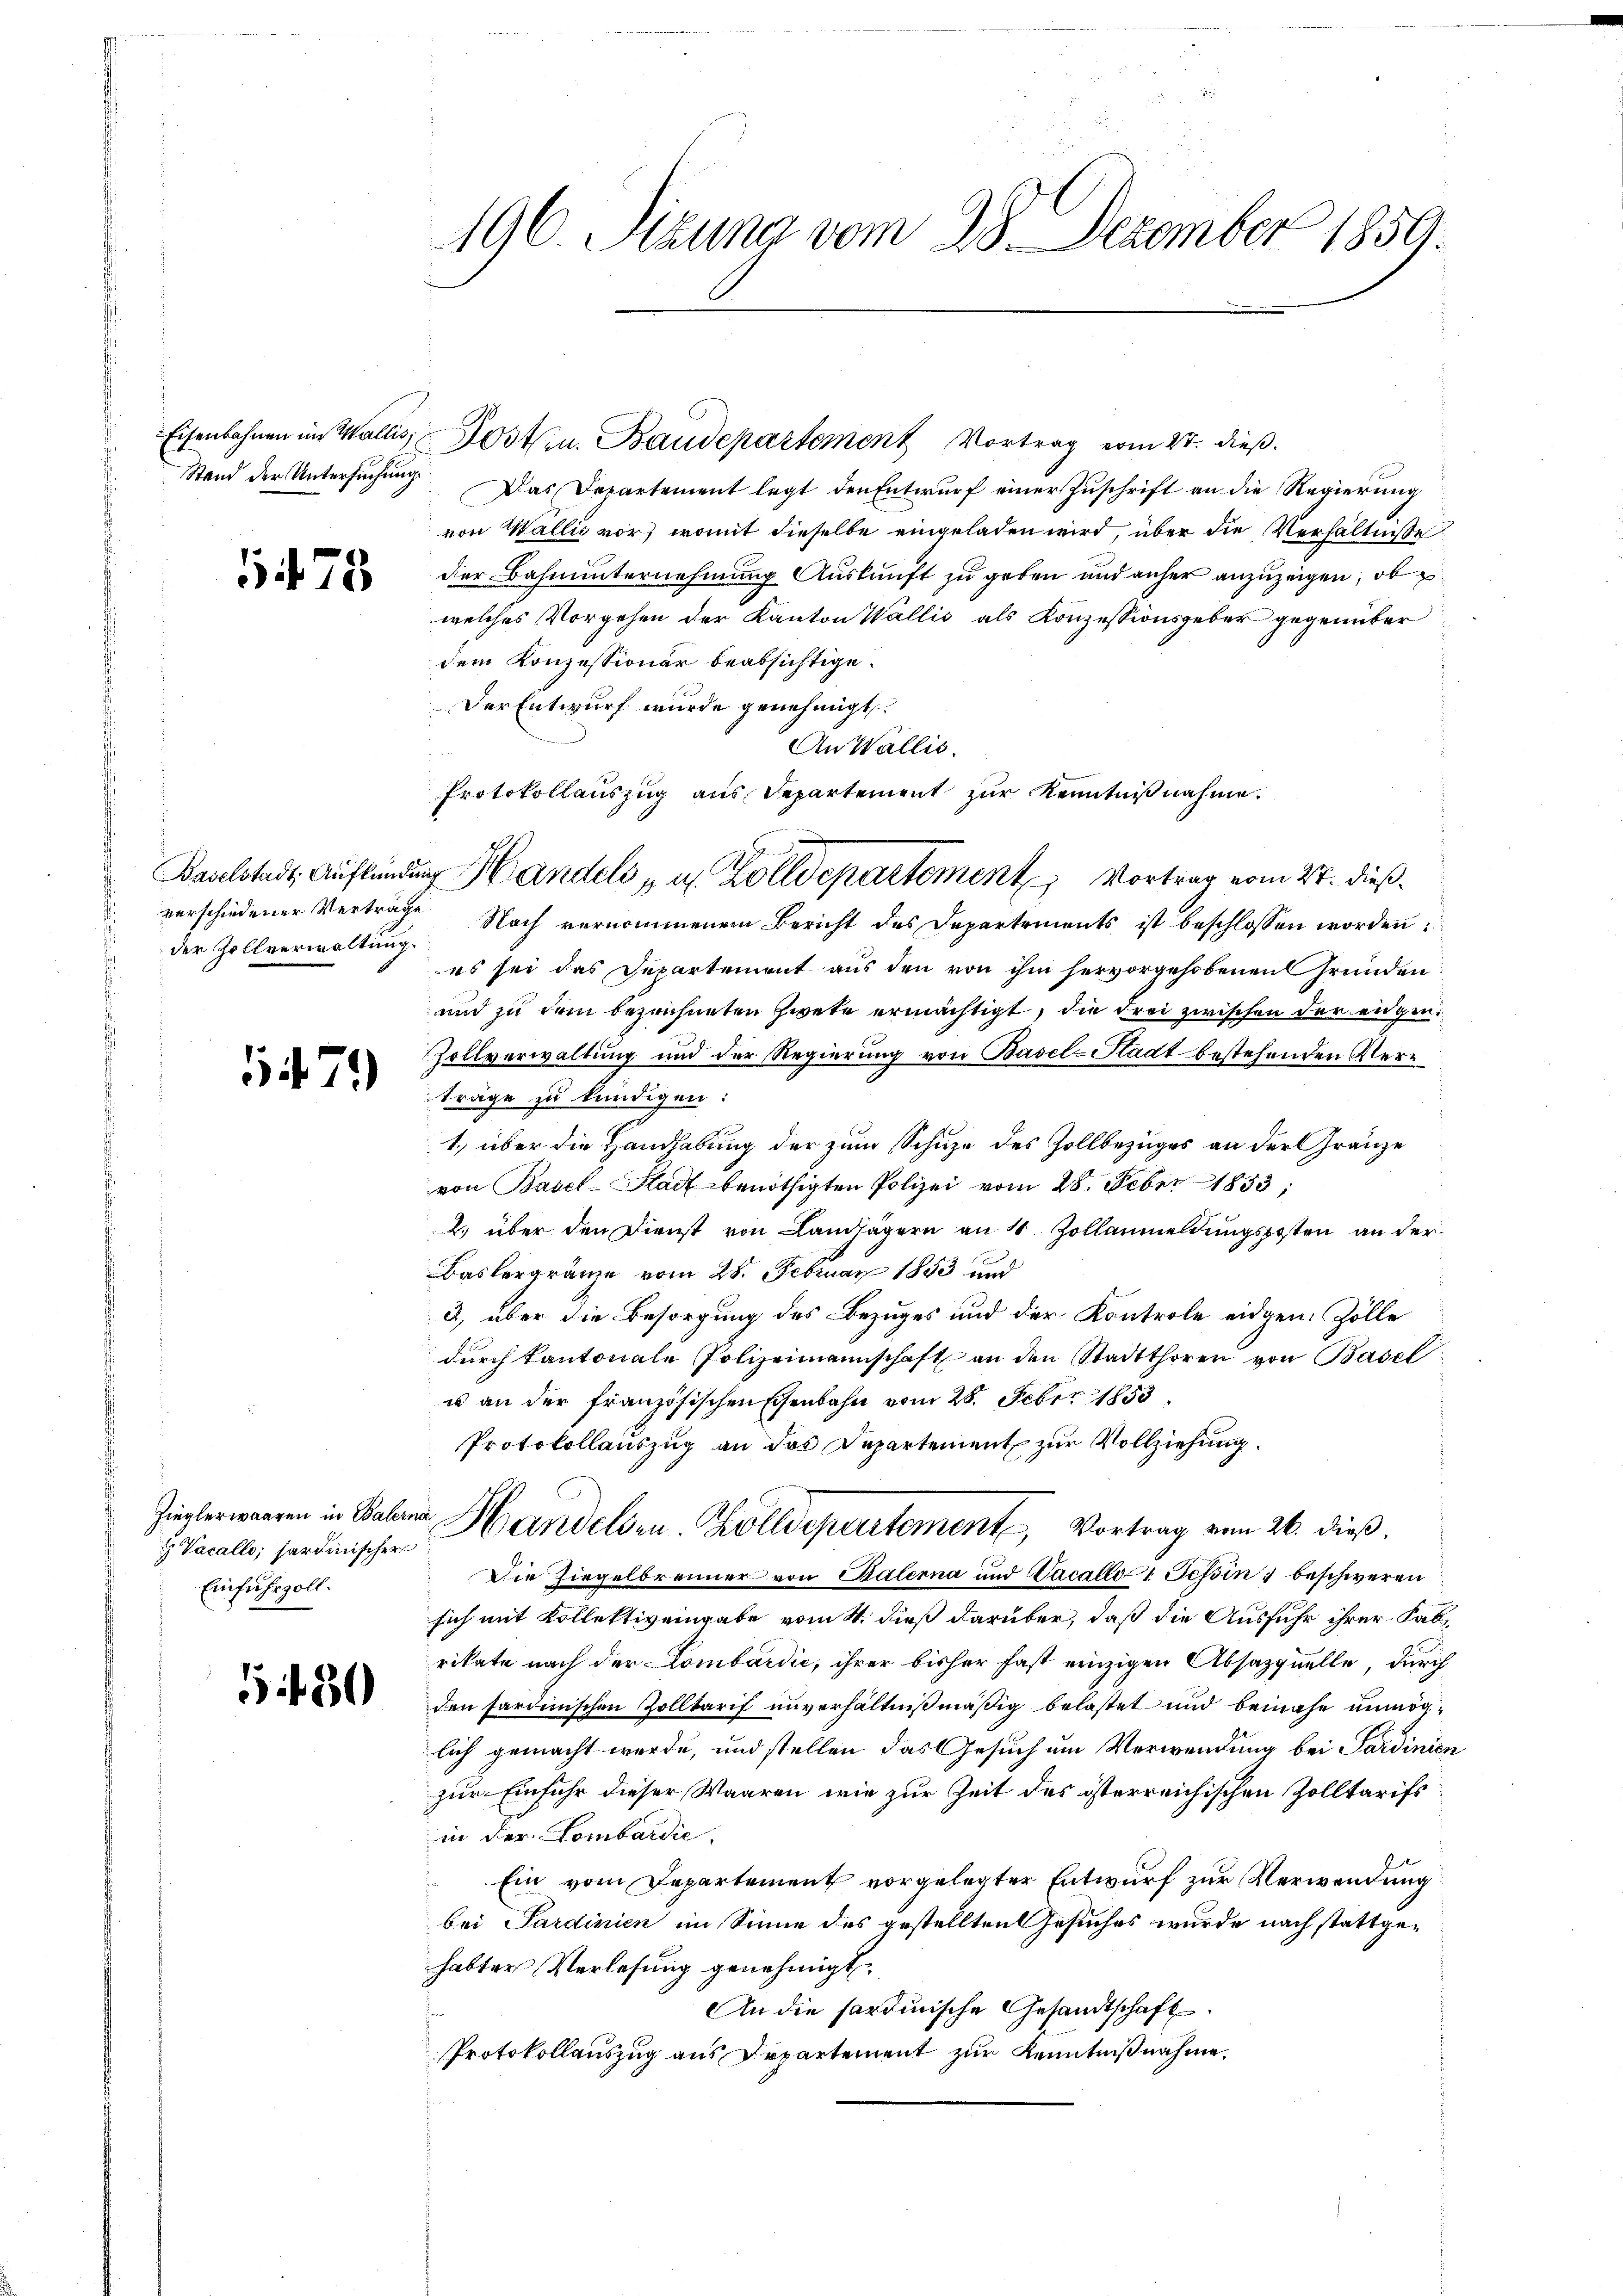
Eisenbahnen im Wallis,

5478

der Zollverwaltung.

1479)

Zieglerwaaren in Balern
Vacallo, sardinischer
Einfuhrzoll.

G 430

196. Azuna vom 28. Dezember 1859.

Posten. Baudepartement Vortrag vom 27. dieß.
Stand der Untersuchung. Das Departement legt den Entwurf einer Zuschrift an die Regierung
von Wallis vor, womit dieselbe eingeladen wird, über die Verhältnisse
der Bahnunternehmung Auskunft zu geben und anher anzuzeigen, ob
welches Vorgehen der Kanton Wallis als Konzessionsgeber gegenüber
dem Konzessionär beabsichtige.
Der Entwurf wurde genehmigt.
An Wallis.
Protokollauszug aus Departement zur Kenntnißnahme.
verschiedener Vertrage Nach vernommenem Bericht des Departements ist beschlossen worden:
es sei das Departement aus den von ihm hervorgehobenen Gründen
und zu dem bezeichneten Zwete ermächtigt, die drei zwischen der engen.
Zollverwaltung und der Regierung von Basel-Stadt bestehenden Kerträge zu kundigen:
1., über die Handhabung der zum Schuze des Zollbezuges an der Gränze
von Basel-Stadt benöthigten Polizei vom 28. Feber 1853,
2. über den Dienst von Landjägern an 4 Zollanmeldungsposten an der
Baslergränze vom 28. Februar 1853 und
3, über die Besorgung des Bezuges und der Kontrole eidgen. Zölle
dŭrch kantonale Polizeimannschaft an den Stadtthoren von Basel
u an der französischen Eisenbahn vom 28. Feber 1853
Protokollauszug an das Departement zur Vollziehung.
2
Handelden. Zolldepartement, Vortrag vom 26. dieß.
Die Ziegelbrenner von Balerna und Vacallo 1 Tessin beschweren
sich mit Kollektiv eingabe vom 4. dieß darüber, daß die Ausfuhr ihrer Fabrikate nach der Lombardie, ihrer bisher fast einzigen Absazquelle, durch
den sardinischen Zolltarif unverhältnißmäßig belastet und beinahe unmöglich gemacht werde, und stellen das Gesuch um Verwendung bei Sardinien
zur Einfuhr dieser Waaren, wie zur Zeit des österreichischen Zolltarifs
in der Lombardie
Ein vom Departement vorgelegter Entwurf zur Verwendung
bei Sardinien im Sinne des gestellten Gesuches wurde nach stattgehabter Verlesung genehmigt.
An die sardinische Gesandtschaft
Protokollauszug aus Departement zur Kenntnißnahme.

Baselstadt, Aufkündung Handels u. Zolldepartement Vortrag vom 27. dieß¬